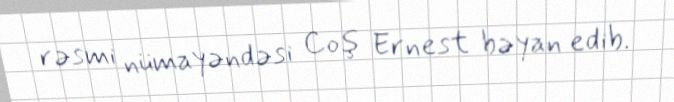
rəsmi nümayəndəsi Coş Ernest bəyan edib.